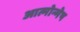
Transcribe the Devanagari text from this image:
आत्मोन्मेष